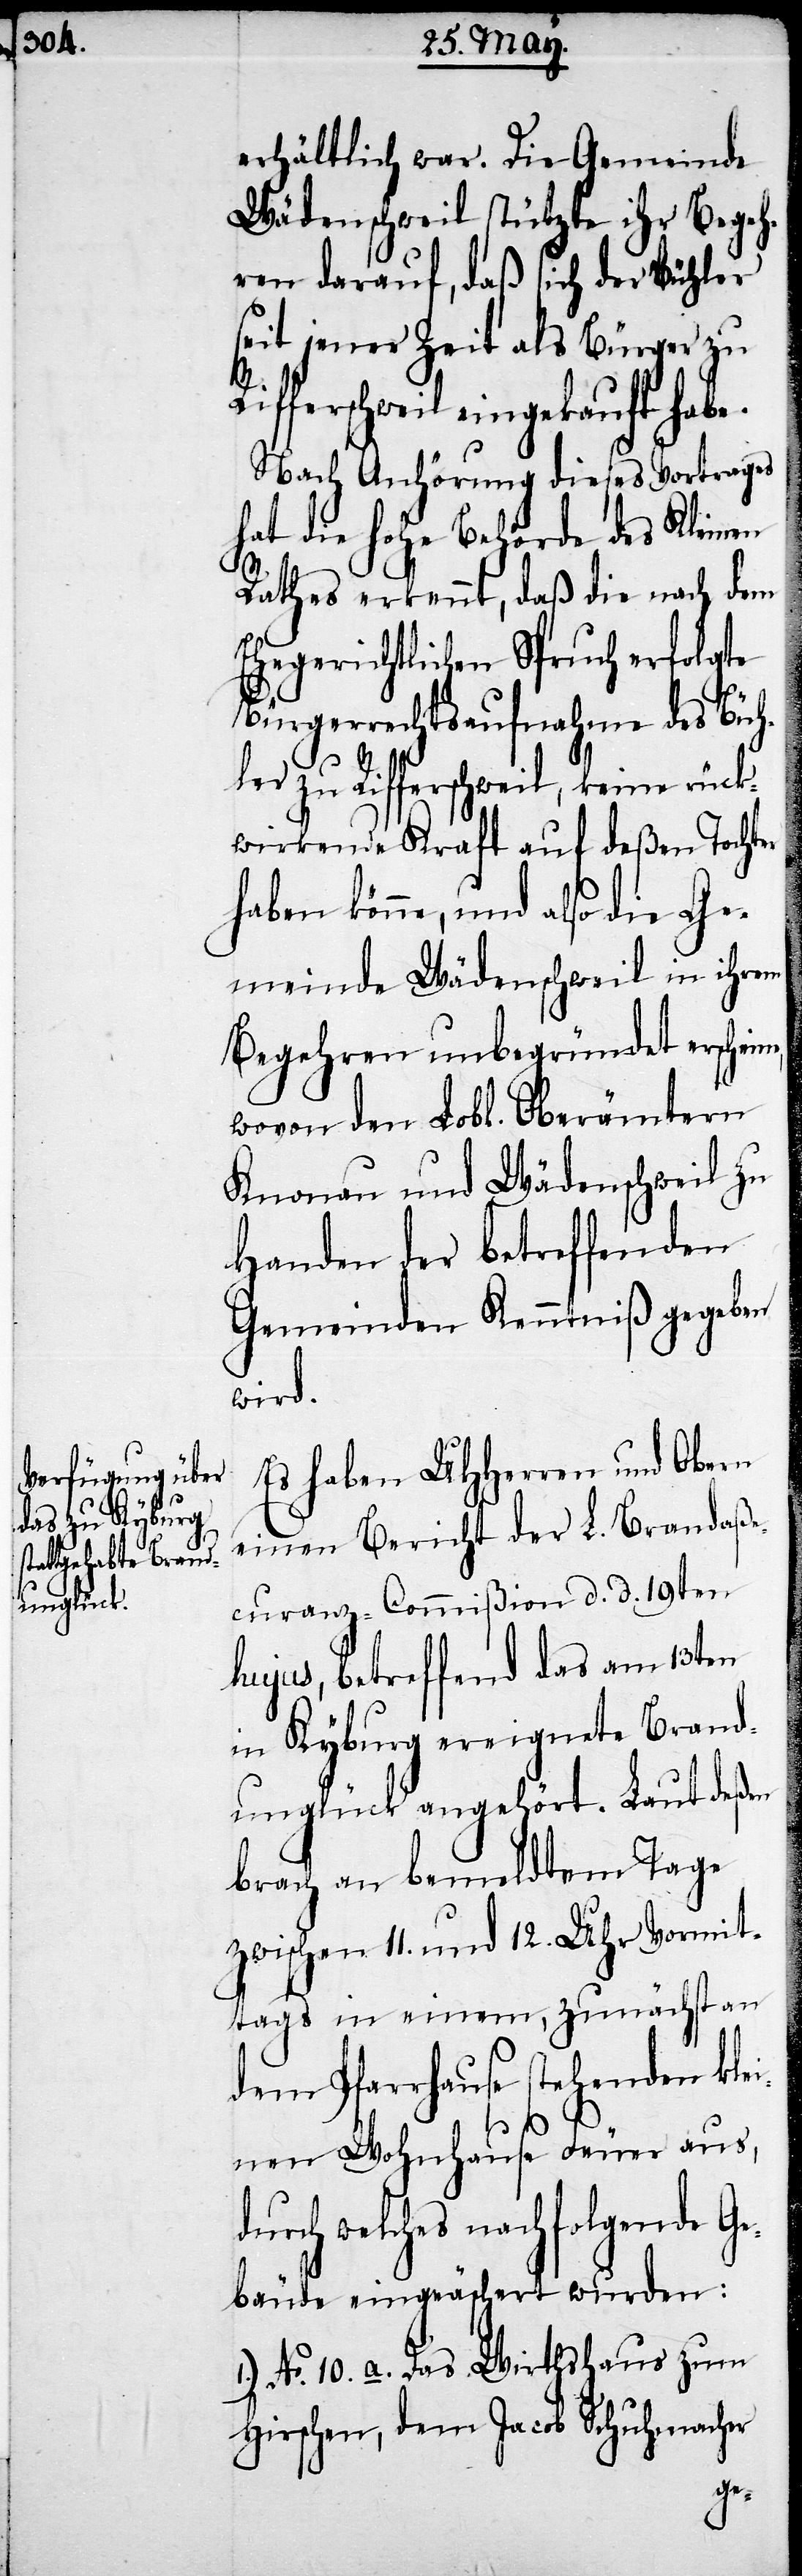
erhältlich war. Die Gemeinde
Wädenschweil stützte ihr Begeh¬
ren darauf, daß sich der Bühler
seit jener Zeit als Bürger zu
fferschweil eingekauft habe.
Nach Anhörung dieses Vortrages
hat die hohe Behörde des Kleinen
Rathes erkennt, daß die nach dem
Ehegerichtlichen Spruch erfolgte
Bürgerrechtsaufnahme des Büh¬
ler zu Rifferschweil, keine rück¬
wirkende Kraft auf deßen Tochter
haben könne, und also die Ge¬
meinde Wädenschweil in ihrem
Begehren unbegründet erschein¬
wovon den Lobl. Oberämtern
Knonau und Wädenschweil zu
Handen der betreffenden
Gemeinden Kenntniß gegeben
wird
Es haben UHHerren und Obern
einen Bericht der L. Brandaße¬
curanz-Commißion d. d. 19ten
hujus, betreffend das am 13ten
in Kyburg ereignete Brand¬
unglück angehört. Laut deßen
brach an bemeldtem Tage
zwischen 11. und 12. Uhr Vormit¬
tags in einem, zunächst an
dem Pfarrhause stehenden klei¬
nen Wohnhause Feuer aus,
rch welches nachfolgende G¬
ebäude eingeäschert wurden:
1.) No. 10. a. Das Wirthshaus zum
Hirschen, dem Jacob Schuhmacher
du¬